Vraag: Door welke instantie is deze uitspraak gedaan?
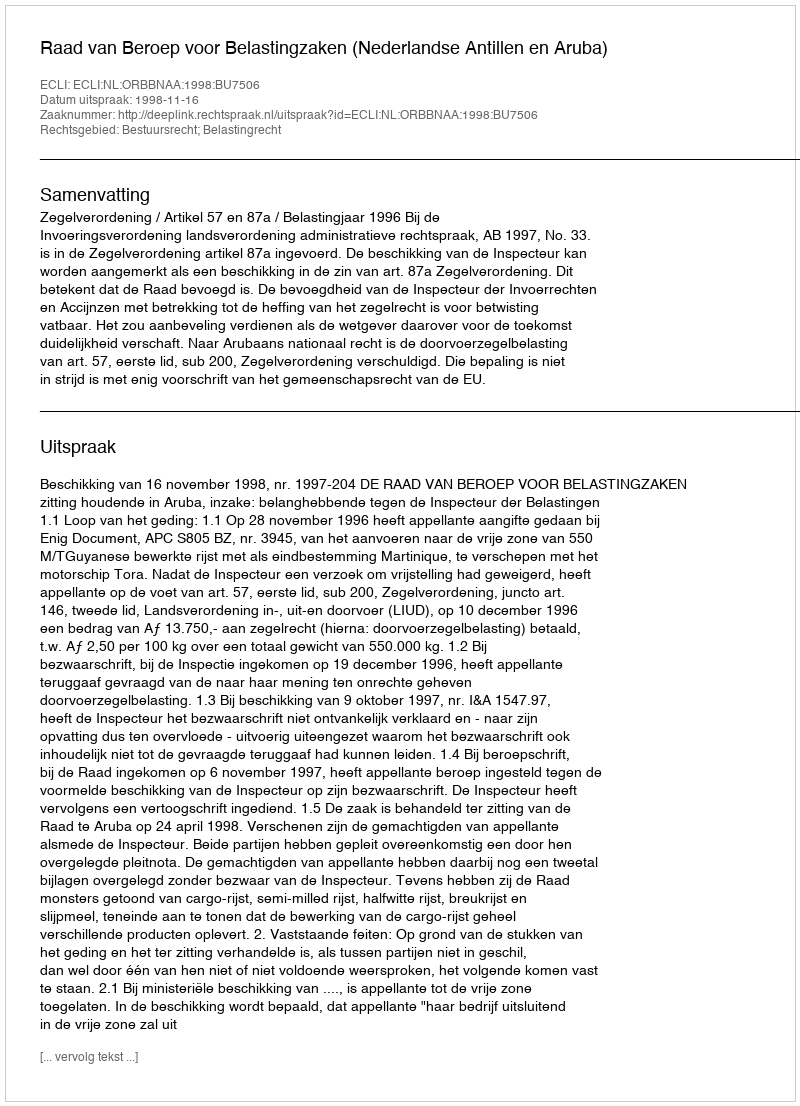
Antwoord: Raad van Beroep voor Belastingzaken (Nederlandse Antillen en Aruba)